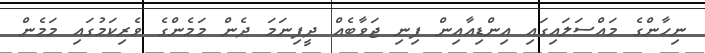
ނިހާންގެ މައްސަލައިގައި އިންޑިއާއިން ފިނި ޖަވާބެއް ދީފިނަމަ ދެން މަމެންގެ ވެރިކަމުގައި މަމެން